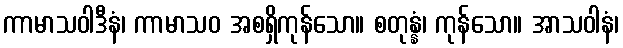
ကာမာသဝါဒီနံ၊ ကာမာသဝ အစရှိကုန်သော။ စတုန္နံ၊ ကုန်သော။ အာသဝါနံ၊